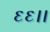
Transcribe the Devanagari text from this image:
६६।।